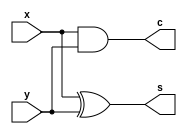
`timescale 1ns / 1ps
//////////////////////////////////////////////////////////////////////////////////
// Company: 
// Engineer: 
// 
// Design Name: 
// Module Name: half_adder
// Project Name: 
// Target Devices: 
// Tool Versions: 
// Description: 
// 
// Dependencies: 
// 
// Revision:
// Revision 0.01 - File Created
// Additional Comments:
// 
//////////////////////////////////////////////////////////////////////////////////


module half_adder(
    input x, y,
    output c, s
    );
    
    assign s = x ^ y;
    assign c = x & y;
endmodule